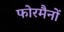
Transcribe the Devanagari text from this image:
फोरमैनाें